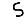
Digit: 5